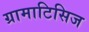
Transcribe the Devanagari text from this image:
ग्रामाटिसिज